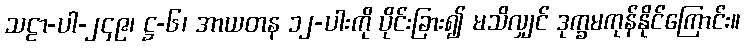
သဠာ-ပါ-၂၄၉၊ ဋ္ဌ-၆၊ အာယတန ၁၂-ပါးကို ပိုင်းခြား၍ မသိလျှင် ဒုက္ခမကုန်နိုင်ကြောင်း။